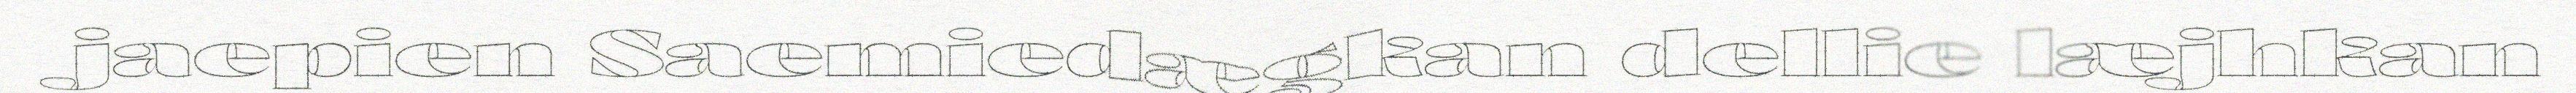
jaepien Saemiedægkan dellie læjhkan